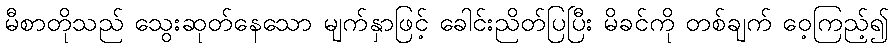
မီစာတိုသည် သွေးဆုတ်နေသော မျက်နှာဖြင့် ခေါင်းညိတ်ပြပြီး မိခင်ကို တစ်ချက် ဝေ့ကြည့်၍